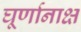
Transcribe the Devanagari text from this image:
घूर्णानाक्ष